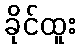
ခိုင်ထူး